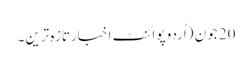
20 جون (اُردو پوائنٹ اخبارتازہ ترین۔